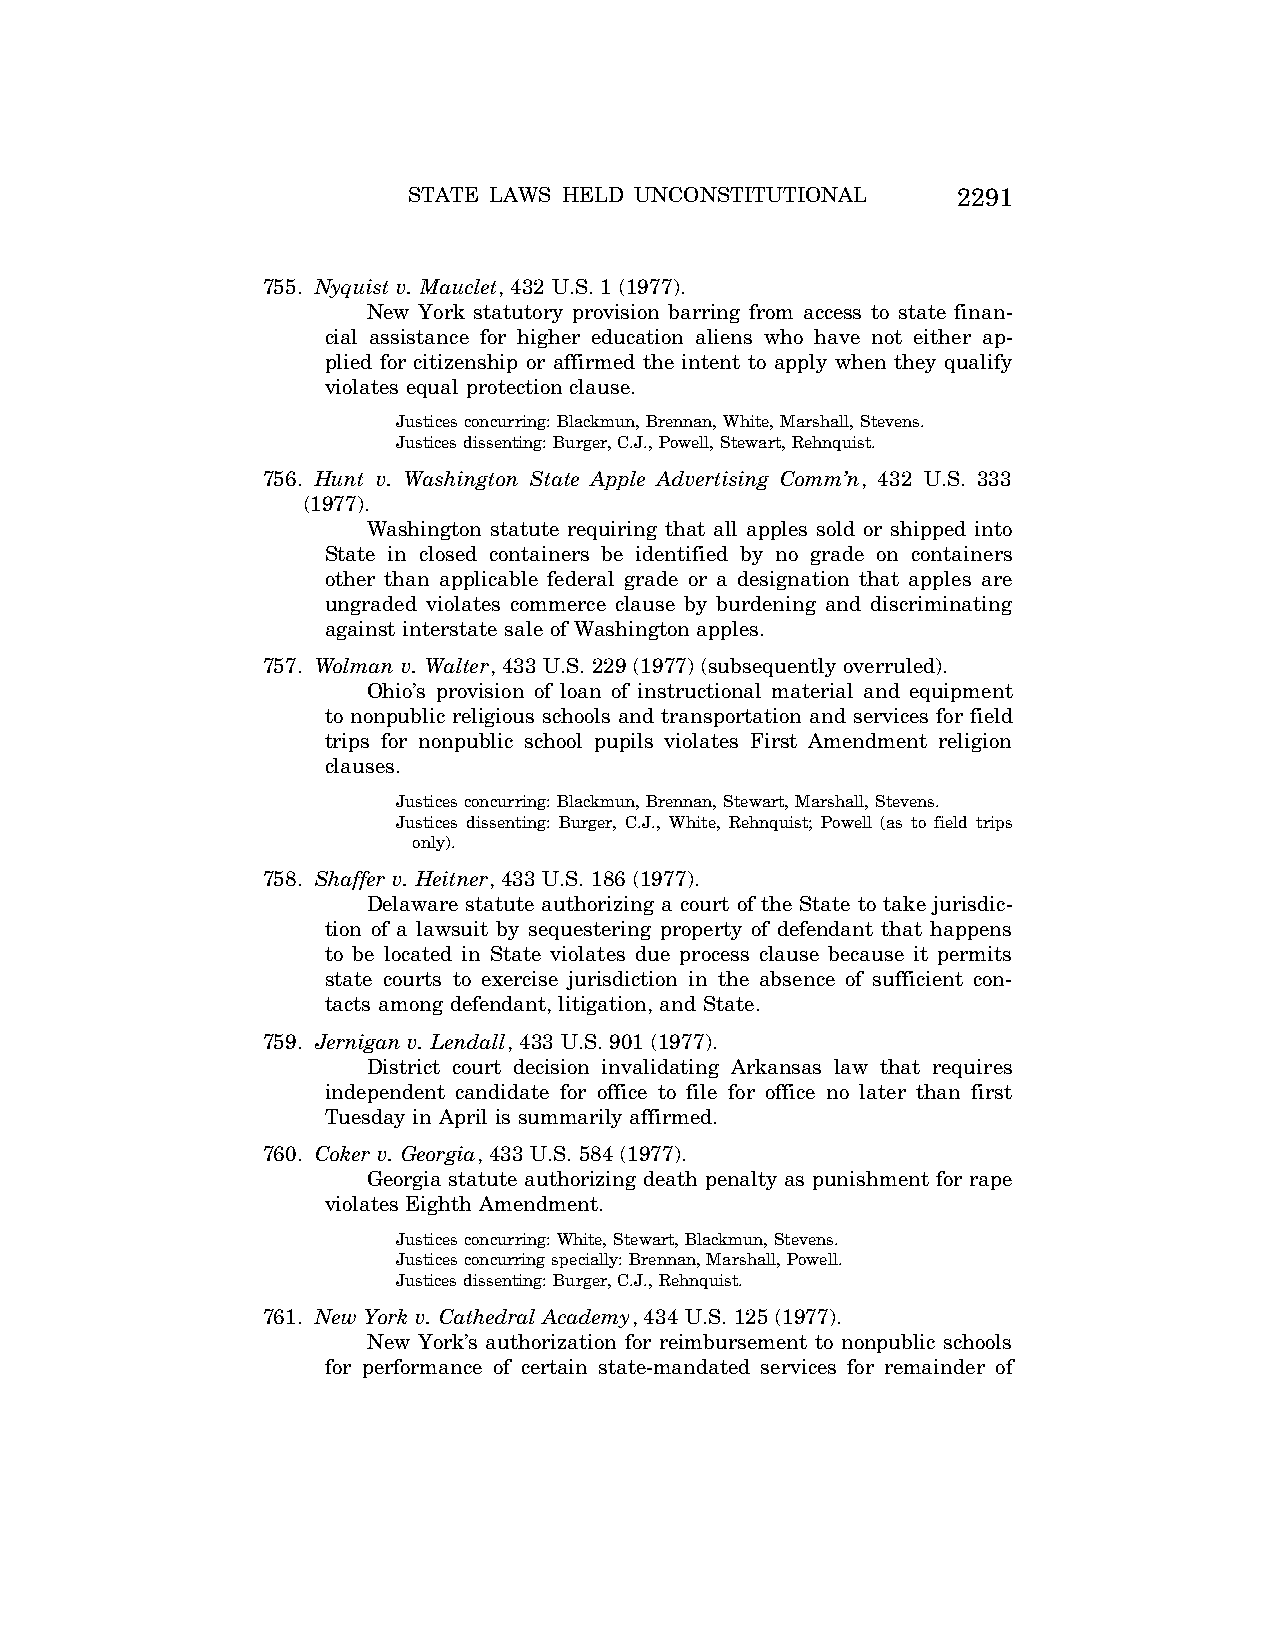
STATE LAWS HELD UNCONSTITUTIONAL    2291
 755. Nyquist v. Mauclet, 432 U.S. 1 (1977).
 New York statutory provision barring from access to state finan-
 cial assistance for higher education aliens who have not either ap-
 plied for citizenship or affirmed the intent to apply when they qualify
 violates equal protection clause.
 Justices concurring: Blackmun, Brennan, White, Marshall, Stevens.
 Justices dissenting: Burger, C.J., Powell, Stewart, Rehnquist.
 756. Hunt v. Washington State Apple Advertising Comm’n, 432 U.S. 333
 (1977).
 Washington statute requiring that all apples sold or shipped into
 State in closed containers be identified by no grade on containers
 other than applicable federal grade or a designation that apples are
 ungraded violates commerce clause by burdening and discriminating
 against interstate sale of Washington apples.
 757. Wolman v. Walter, 433 U.S. 229 (1977) (subsequently overruled).
 Ohio’s provision of loan of instructional material and equipment
 to nonpublic religious schools and transportation and services for field
 trips for nonpublic school pupils violates First Amendment religion
 clauses.
 Justices concurring: Blackmun, Brennan, Stewart, Marshall, Stevens.
 Justices dissenting: Burger, C.J., White, Rehnquist; Powell (as to field trips
 only).
 758. Shaffer v. Heitner, 433 U.S. 186 (1977).
 Delaware statute authorizing a court of the State to take jurisdic-
 tion of a lawsuit by sequestering property of defendant that happens
 to be located in State violates due process clause because it permits
 state courts to exercise jurisdiction in the absence of sufficient con-
 tacts among defendant, litigation, and State.
 759. Jernigan v. Lendall, 433 U.S. 901 (1977).
 District court decision invalidating Arkansas law that requires
 independent candidate for office to file for office no later than first
 Tuesday in April is summarily affirmed.
 760. Coker v. Georgia, 433 U.S. 584 (1977).
 Georgia statute authorizing death penalty as punishment for rape
 violates Eighth Amendment.
 Justices concurring: White, Stewart, Blackmun, Stevens.
 Justices concurring specially: Brennan, Marshall, Powell.
 Justices dissenting: Burger, C.J., Rehnquist.
 761. New York v. Cathedral Academy, 434 U.S. 125 (1977).
 New York’s authorization for reimbursement to nonpublic schools
 for performance of certain state-mandated services for remainder of
 VerDate Aug<04>2004 12:57 Aug 23, 2004 Jkt 077500 PO 00000 Frm 00131 Fmt 8222 Sfmt 8222 C:\CONAN\CON064.SGM PRFM99 PsN: CON064